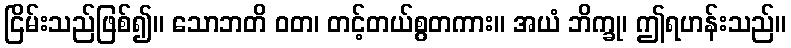
ငြိမ်းသည်ဖြစ်၍။ သောဘတိ ဝတ၊ တင့်တယ်စွတကား။ အယံ ဘိက္ခု၊ ဤရဟန်းသည်။